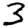
Digit: 3